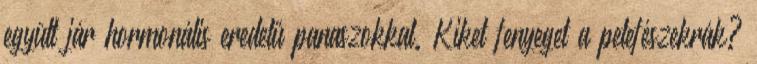
együtt jár hormonális eredetű panaszokkal. Kiket fenyeget a petefészekrák?